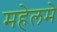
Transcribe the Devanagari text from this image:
महेलमे